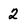
Character: 2